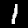
Digit: 1